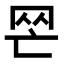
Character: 𦉺